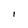
Character: 1